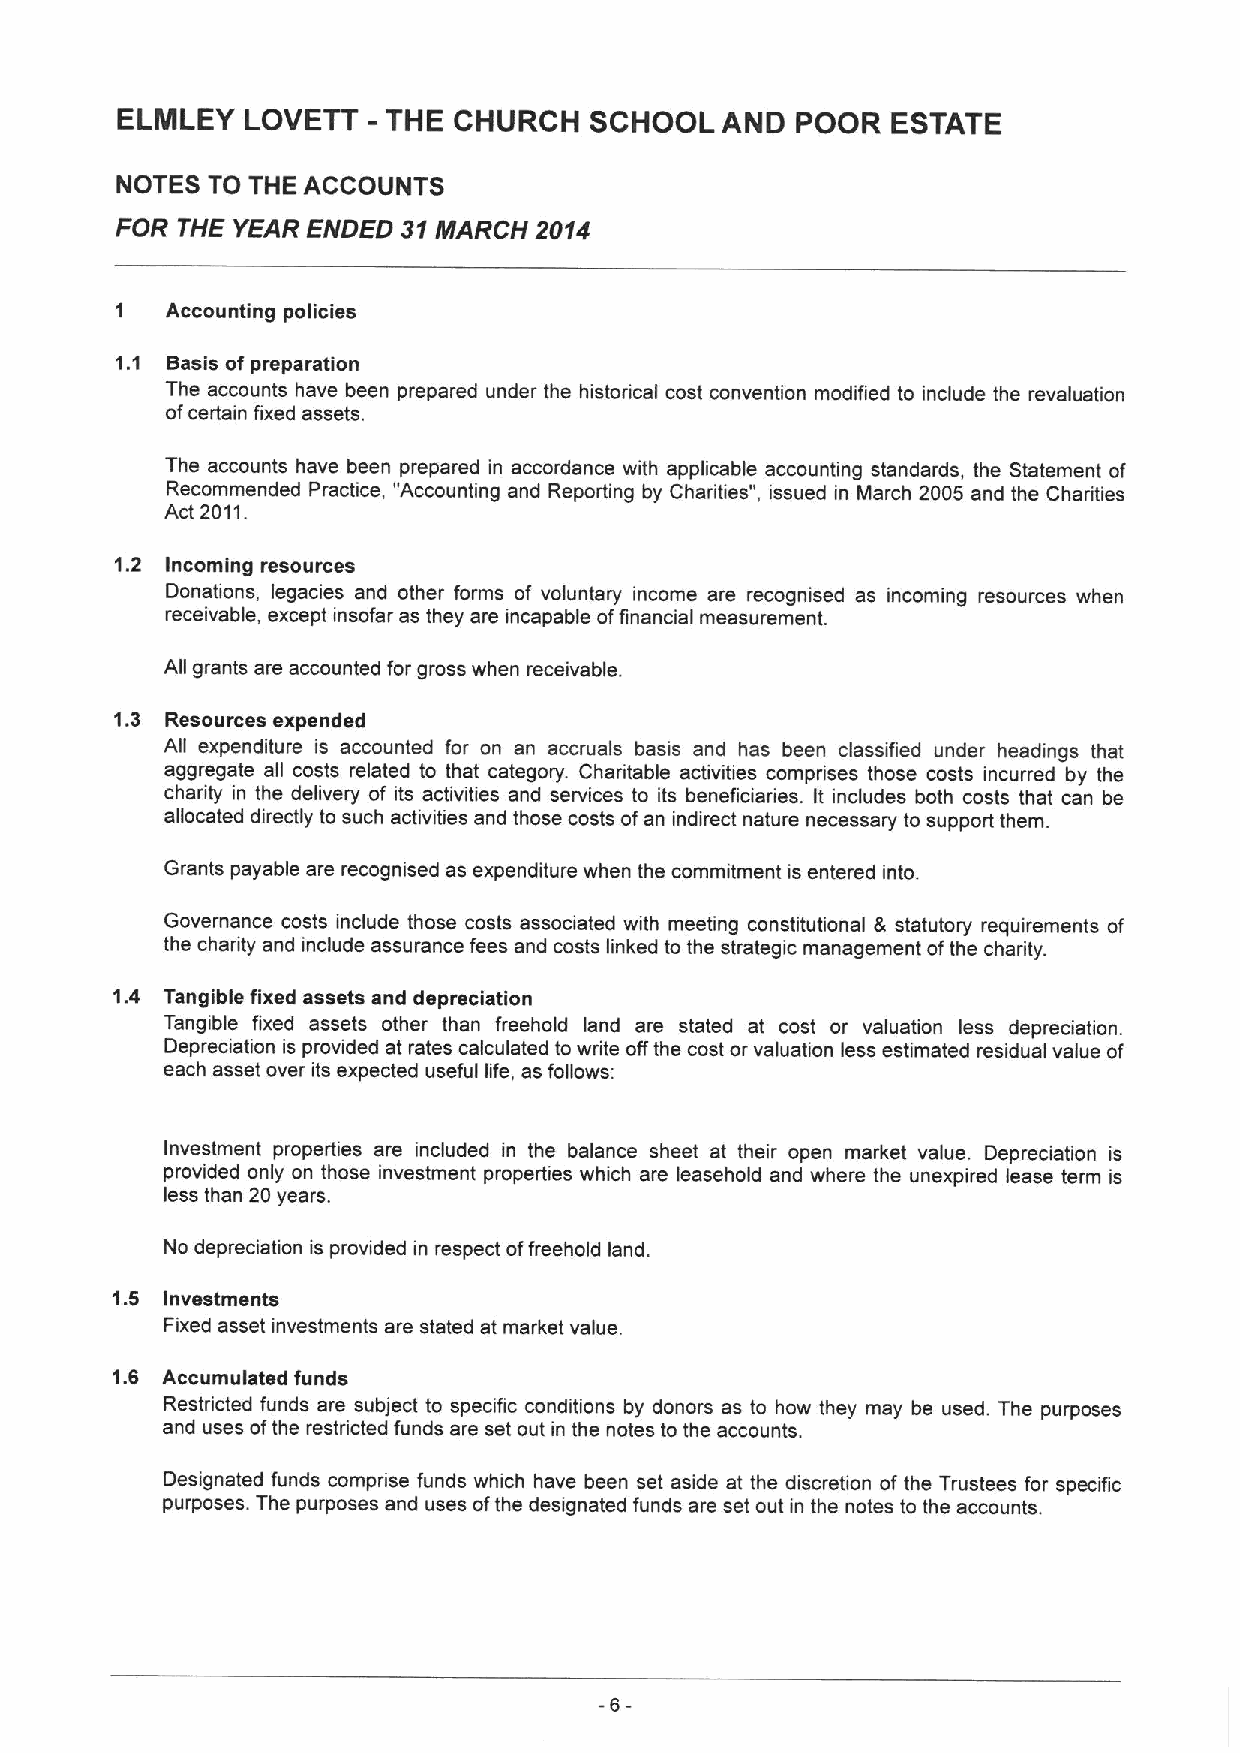
ELIILEY LOVETT  - THE CHURCH   SCHOOL   AND  POOR  ESTATE
 NOTES TO THE ACCOUNTS
 FOR THE YEAR ENDED 31MARCH 2014
 1  Accounting policies
 1.1 Basis ofpreparation
 The accounts have been prepared under the historical cost convention modified to include the revaluation
 ofcertain fixed assets.
 The accounts have been prepared in accordance with applicable accounting standards, the Statement of
 Recommended Practice, "Accounting and Reporting by Charities", issued in March 2005 and the Charities
 Act 2011.
 1.2 Incoming resources
 Donations, legacies and other forms of voluntary income are recognised as incoming resources when
 receivable, except insofar as they are incapable offinancial measurement.
 All grants are accounted for gross when receivable.
 1.3 Resources expended
 All expenditure is accounted for on an accruals basis and has been classified under headings that
 aggregate all costs related to that category. Chaditable activities compffises those costs incurred by the
 charity in the delivery of its activities and services to its beneficiaries. It includes both costs that can be
 allocated directly to such activities and those costs ofan indirect nature necessary to support them.
 Grants payable are recognised as expenditure when the commitment is entered into.
 Governance costs include those costs associated with meeting constitutional & statutory requirements of
 the charity and include assurance fees and costs linked to the strategic management ofthe charity.
 1.4 Tangible fixed assets and depreciation
 Tangible fixed assets other than freehold land are stated at cost or valuation less depreciation.
 Depreciation is provided at rates calculated to write offthe cost or valuation less estimated residual value of
 each asset over its expected useful life, as follows:
 Investment properties are included in the balance sheet at their open market value. Depreciation is
 provided only on those investment properties which are leasehold and where the unexpired lease term is
 less than 20 years.
 No depreciation is provided in respect offreehold land.
 1.5 Investments
 Fixed asset investments are stated at market value.
 1.6 Accumulated funds
 Restricted funds are subject to specific conditions by donors as to how they may be used. The purposes
 and uses ofthe restricted funds are set out in the notes to the accounts.
 Designated funds comprise funds which have been set aside at the discretion of the Trustees for specific
 purposes. The purposes and uses ofthe designated funds are set out in the notes to the accounts.